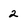
Character: 2